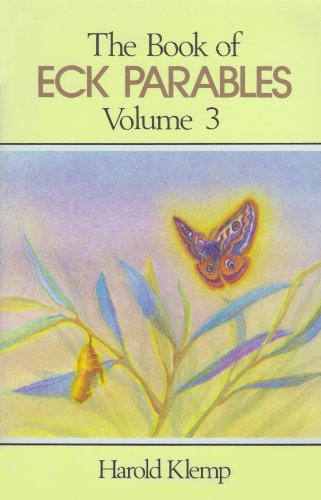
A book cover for The Book of ECK Parables, Vol. 3; Harold Klemp; Religion & Spirituality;